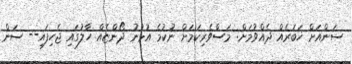
ސަންއަށް ޚަބަރެއް ދެއްވުމަށް: މަސްވެރިކަމަށް ނުކުމެ އުޅުނު ދޯންޏެއް ހާލުގައި ޖެހިފައި-- ސަން